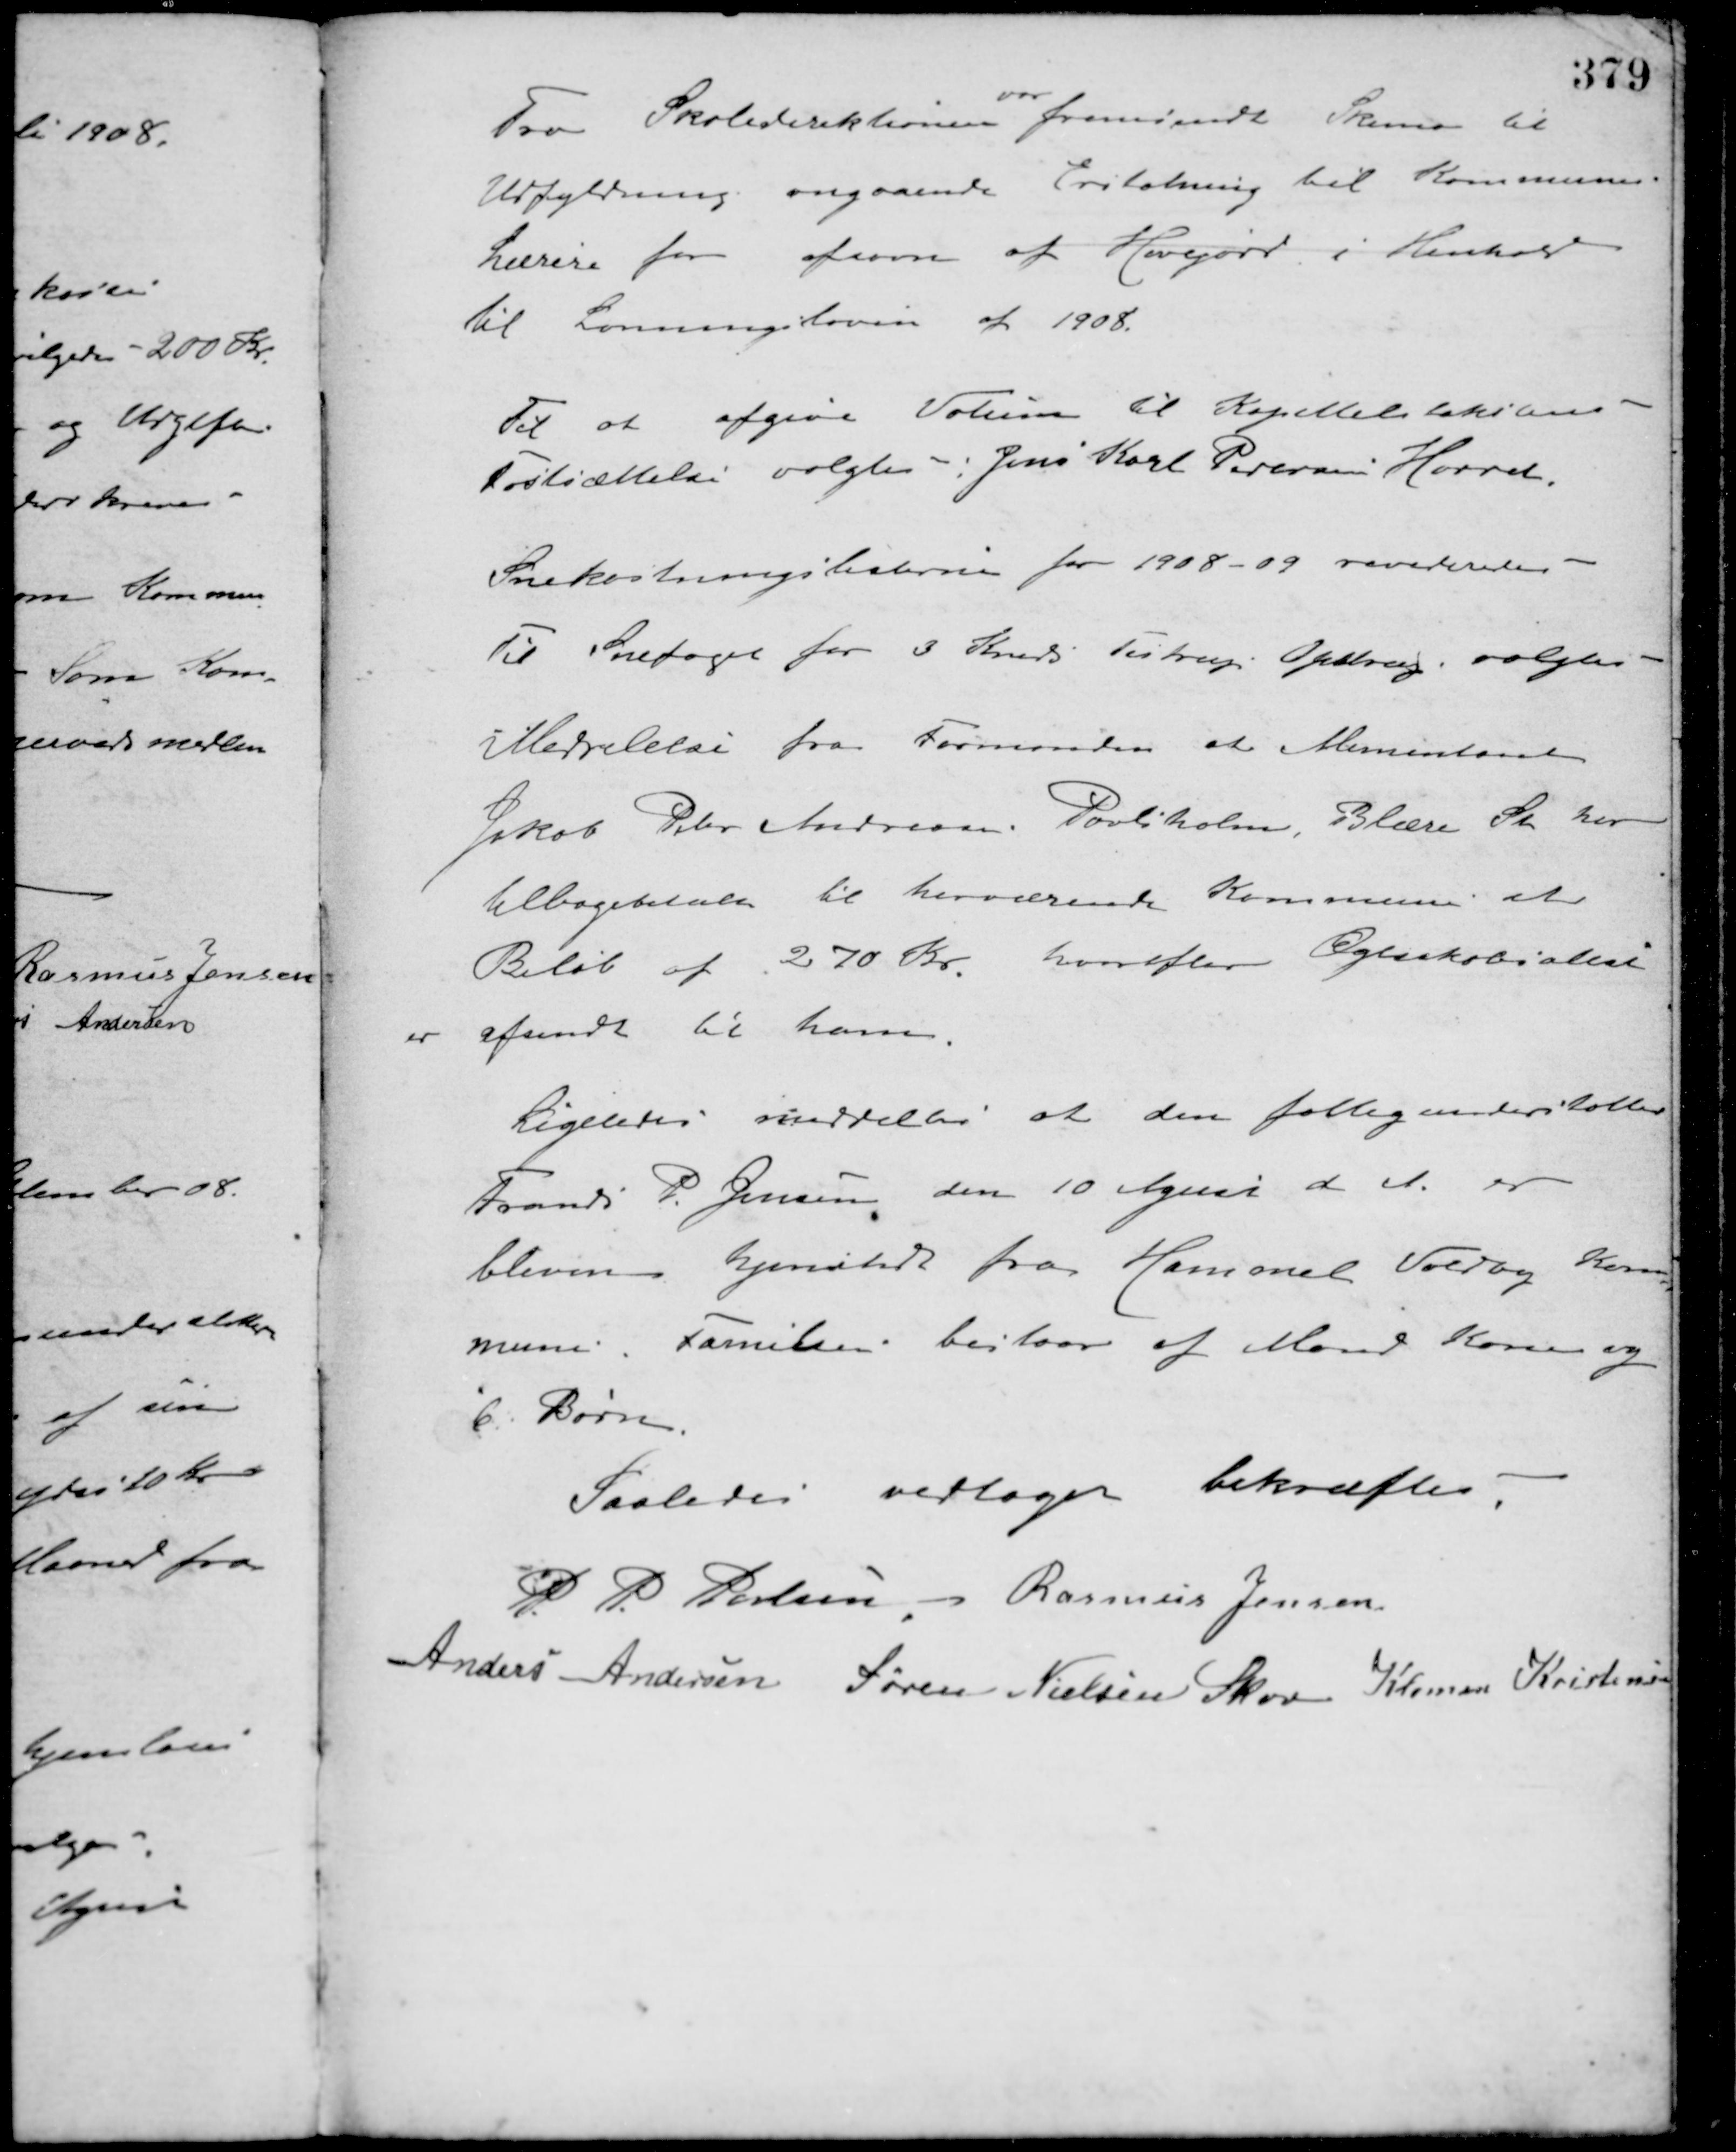
Transskription:
Fra Skoledirektionen
var
fremsendt Skema til
Udfyldning angaaende Erstatning til Kommunens
Lærere for afsavn af Havejord i Henhold
til Lønningsloven af 1908.
Til at afgive Votum til Kapitteltakstens
Fastsættelse valgtes: Jens Karl Pedersen Hørret.
Snekastningslisterne for 1908-09 revideredes.
Til Snefoged for 3 Kreds Testrup Opstrup, valgtes
Meddelelse fra Formanden at Alimentanten
Jakob Peter Andreasen Povlsholm, Blære St. har
tilbagebetalt til herværende Kommune et
Beløb af 270 Kr. hvorefter Ægteskabsattest
er afsendt til ham.
Ligeledes meddeltes at den fattigunderstøttede
Frands P. Jensen den 10 April d. A. er
bleven hjemstedt fra Hammel Voldby Kom-
mune. Familien bestaar af Mand Kone og
6 Børn.
Saaledes vedtaget bekræftes:
P. P. Poulsen Rasmus Jensen
Anders Andersen Søren Nielsen Skov Klemen Kristensen